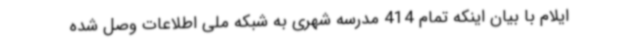
ایلام با بیان اینکه تمام 414 مدرسه شهری به شبکه ملی اطلاعات وصل شده